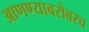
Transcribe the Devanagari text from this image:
आणण्याबरोबरच